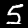
Digit: 5